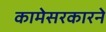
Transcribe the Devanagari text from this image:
कामेसरकारने